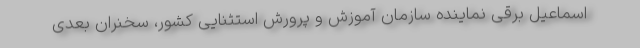
اسماعیل برقی نماینده سازمان آموزش و پرورش استثنایی کشور، سخنران بعدی